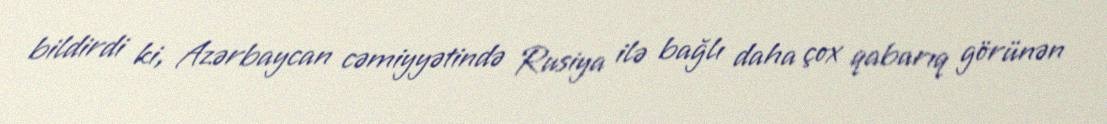
bildirdi ki, Azərbaycan cəmiyyətində Rusiya ilə bağlı daha çox qabarıq görünən